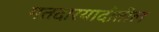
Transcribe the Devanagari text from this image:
मतदारयादीतील